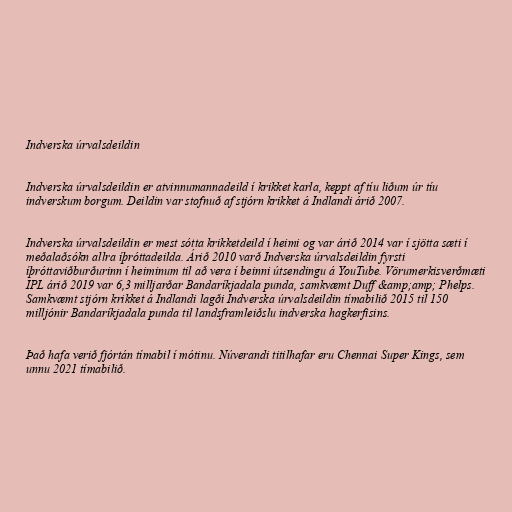
Indverska úrvalsdeildin

Indverska úrvalsdeildin er atvinnumannadeild í krikket karla, keppt af tíu liðum úr tíu
indverskum borgum. Deildin var stofnuð af stjórn krikket á Indlandi árið 2007.

Indverska úrvalsdeildin er mest sótta krikketdeild í heimi og var árið 2014 var í sjötta sæti í
meðalaðsókn allra íþróttadeilda. Árið 2010 varð Indverska úrvalsdeildin fyrsti
íþróttaviðburðurinn í heiminum til að vera í beinni útsendingu á YouTube. Vörumerkisverðmæti
IPL árið 2019 var 6,3 milljarðar Bandaríkjadala punda, samkvæmt Duff &amp;amp; Phelps.
Samkvæmt stjórn krikket á Indlandi lagði Indverska úrvalsdeildin tímabilið 2015 til 150
milljónir Bandaríkjadala punda til landsframleiðslu indverska hagkerfisins.

Það hafa verið fjórtán tímabil í mótinu. Núverandi titilhafar eru Chennai Super Kings, sem
unnu 2021 tímabilið.